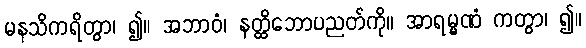
မနသိကရိတွာ၊ ၍။ အဘာဝံ၊ နတ္ထိဘောပညတ်ကို။ အာရမ္မဏံ ကတွာ၊ ၍။